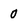
Character: 0